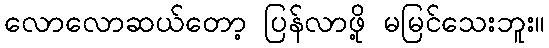
လောလောဆယ်တော့ ပြန်လာဖို့ မမြင်သေးဘူး။